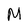
Character: M